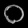
Digit: ၀